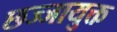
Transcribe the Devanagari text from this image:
छज्जायुक्त